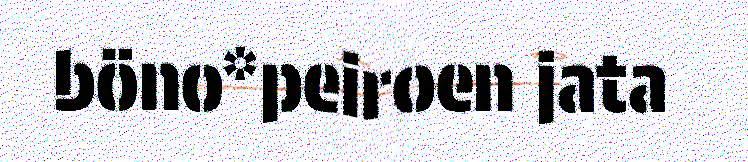
böno*peiroen jata